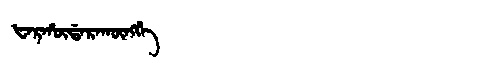
Manchu: ᡶᠠᡵᡥᡡᡩᠠᡵᠠᡴᡡᠩᡤᡝ
Romanization: FARHŪDARAKŪNGGE